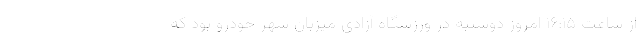
از ساعت ۱۶:۱۵ امروز دوشنبه در ورزشگاه آزادی میزبان شهر خودرو بود که